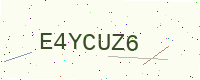
Text: E4YCUZ6